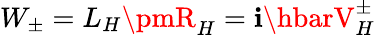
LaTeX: W_{\pm}=L_{H}\pmR_{H}=\mathbf{i}\hbarV_{H}^{\pm}